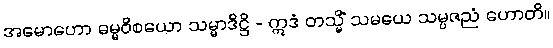
အမောဟော ဓမ္မဝိစယော သမ္မာဒိဋ္ဌိ - ဣဒံ တသ္မိံ သမယေ သမ္ပဇညံ ဟောတိ။